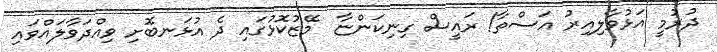
ދުރުމީ އަޅުވާލިއިރު އަސްތާ! ރައީސް ގިނިކަންޏާ  މޭޒުކޮޅުގައި ދެ އުޅަނބޮށި ވިއްދަވާލައްވައި